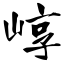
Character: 崞